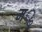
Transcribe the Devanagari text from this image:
मॣ